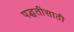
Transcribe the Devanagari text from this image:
पद्धतीसाठी